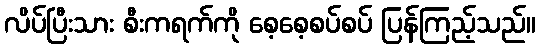
လိပ်ပြီးသား စီးကရက်ကို စေ့စေ့စပ်စပ် ပြန်ကြည့်သည်။